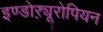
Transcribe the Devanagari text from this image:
इण्डोऱ्यूरोपियन